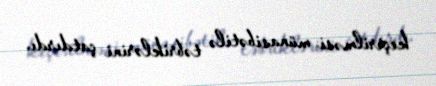
keçirilməsi münasibətilə təbriklərini çatdırdı.